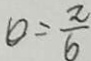
O = \frac { \pi } { 6 }